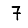
Digit: 7